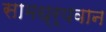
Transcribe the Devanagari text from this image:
सामध्र्यवान